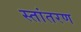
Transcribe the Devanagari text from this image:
स्तांतरण